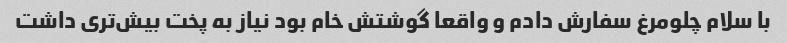
با سلام چلومرغ سفارش دادم و واقعا گوشتش خام بود نیاز به پخت بیش‌تری داشت‌